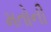
મતોની